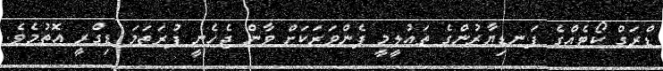
ޑްރަގް ކޯޓެއްގެ ފަނޑިޔާރުންގެ ތައުލީމީ ފެންވަރަކަށް ވާން ޖެހެނީ ފުރަތަމަ ޑިގްރީ އޮތުމެވެ.